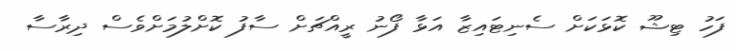
ފަހު ޓިޝޫ ކޮޅަކަށް ސެނިޓައިޒާ އަޅާ ފޯނު ރީއްޗަށް ސާފު ކޮށްލުމަށްވެސް ދިރާސާ